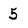
Character: 5